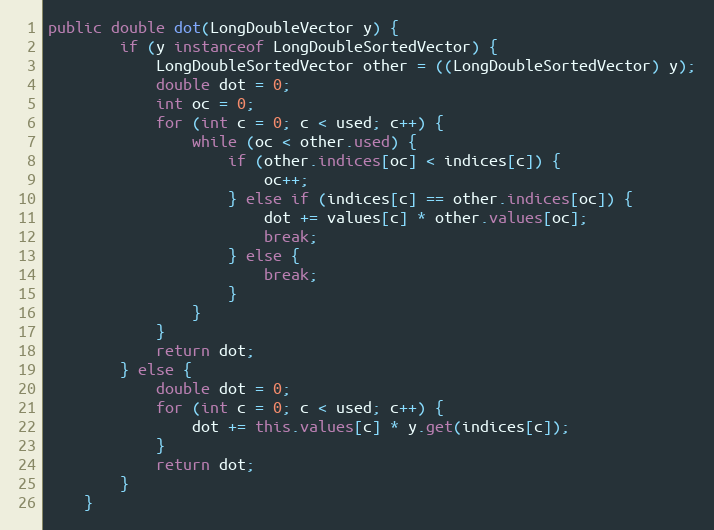
Language: Java
public double dot(LongDoubleVector y) {
        if (y instanceof LongDoubleSortedVector) {
            LongDoubleSortedVector other = ((LongDoubleSortedVector) y);
            double dot = 0;
            int oc = 0;
            for (int c = 0; c < used; c++) {
                while (oc < other.used) {
                    if (other.indices[oc] < indices[c]) {
                        oc++;
                    } else if (indices[c] == other.indices[oc]) {
                        dot += values[c] * other.values[oc];
                        break;
                    } else {
                        break;
                    }
                }
            }
            return dot;
        } else {
            double dot = 0;
            for (int c = 0; c < used; c++) {
                dot += this.values[c] * y.get(indices[c]);
            }
            return dot;
        }
    }